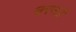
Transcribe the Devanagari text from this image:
बरनउँ